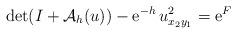
LaTeX: \begin{align*}\det(I+\mathcal{A}_{h}(u))-{\rm e}^{-h}\,u_{x_2y_1}^2={\rm e}^F\end{align*}